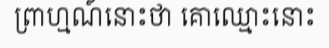
ព្រាហ្មណ៍នោះថា គោឈ្មោះនោះ